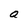
Character: a